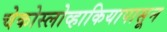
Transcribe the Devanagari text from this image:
चेकोस्लोव्हाकियापासून